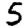
Digit: 5